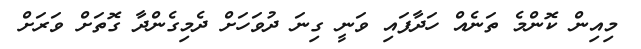
މިއިން ކޮންމެ ތަނެއް ހަދާފައި ވަނީ ގިނަ ދުވަހަށް ދެމިގެންދާ ގޮތަށް ވަރަށް